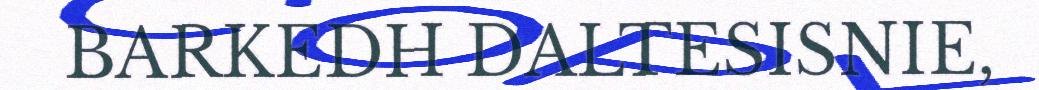
BARKEDH DALTESISNIE,